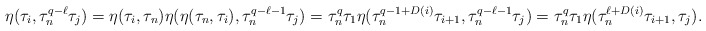
\begin{align*} \eta(\tau_i, \tau_n^{q-\ell}\tau_j)&=\eta(\tau_i, \tau_n)\eta(\eta(\tau_n,\tau_i),\tau_n^{q-\ell-1}\tau_j)=\tau_n^q\tau_1 \eta(\tau_n^{q-1+D(i)}\tau_{i+1}, \tau_n^{q-\ell-1}\tau_j) = \tau_n^q\tau_1 \eta(\tau_n^{\ell+D(i)}\tau_{i+1}, \tau_j). \end{align*}